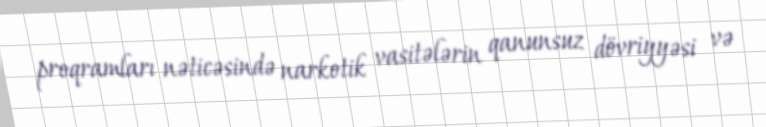
proqramları nəticəsində narkotik vasitələrin qanunsuz dövriyyəsi və